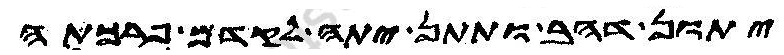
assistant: יתון דהב ותתן יתה לקדם פרכתה